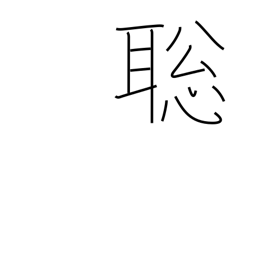
Meaning: fast learner